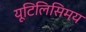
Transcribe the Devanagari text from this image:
यूटिलिसिमय